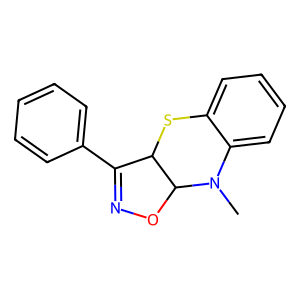
SMILES: CN1c2ccccc2SC2C(c3ccccc3)=NOC21
Inhibits HIV replication: No